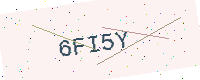
Text: 6FI5Y